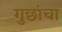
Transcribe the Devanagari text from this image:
गुछांचा